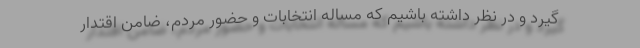
گیرد و در نظر داشته باشیم که مساله انتخابات و حضور مردم، ضامن اقتدار